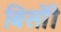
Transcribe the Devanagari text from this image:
बिसौी